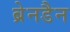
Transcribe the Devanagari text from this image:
ब्रेनडैन